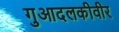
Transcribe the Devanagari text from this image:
गुआदलकीवीर